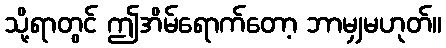
သို့ရာတွင် ဤအိမ်ရောက်တော့ ဘာမျှမဟုတ်။